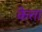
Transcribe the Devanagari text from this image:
केत्ता